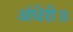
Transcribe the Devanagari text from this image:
अंधेरो॥